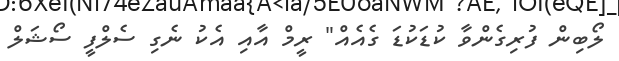
ލޯބިން ފުރިގެންވާ ކުޑަކުޑަ ގެއެއް" ރީމް އާއި އެކު ނެގި ސެލްފީ ސޯޝަލް